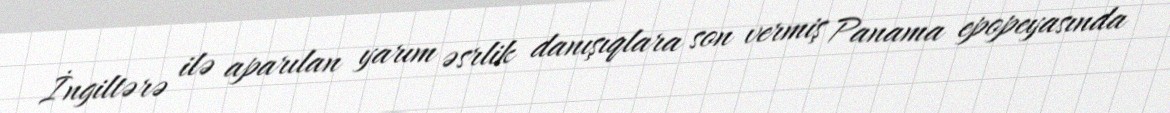
İngiltərə ilə aparılan yarım əsrlik danışıqlara son vermiş Panama epopeyasında